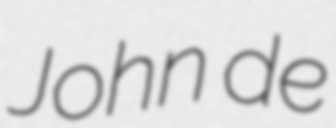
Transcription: John de